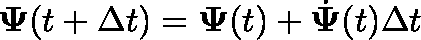
\mathbf { \Psi } ( t + \Delta t ) = \mathbf { \Psi } ( t ) + \dot { \mathbf { \Psi } } ( t ) \Delta t